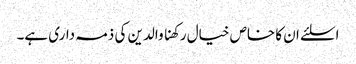
اسلئے ان کا خاص خیال رکھنا والدین کی ذمہ داری ہے۔